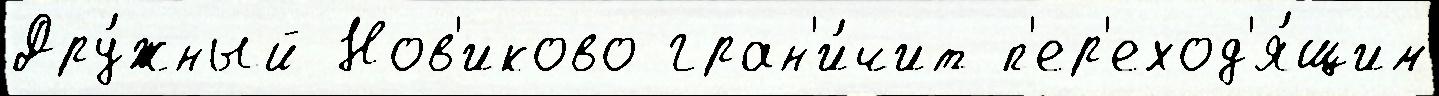
Дру́жный Нов'иково гран'и́чит п'ер'еход'я́щим